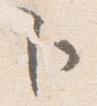
卜